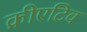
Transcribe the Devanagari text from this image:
क्रीएटिव